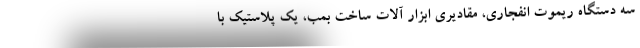
سه دستگاه ریموت انفجاری، مقادیری ابزار آلات ساخت بمب، یک پلاستیک با